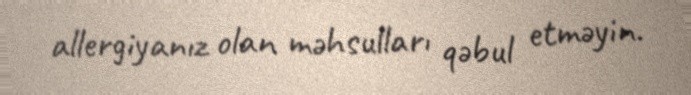
allergiyanız olan məhsulları qəbul etməyin.